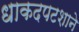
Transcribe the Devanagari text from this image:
धाकदपटशाने